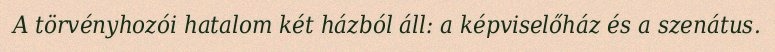
A törvényhozói hatalom két házból áll: a képviselőház és a szenátus.